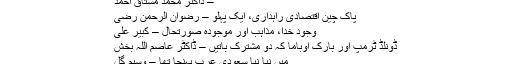
– ڈاکٹر محمد مشتاق احمد
پاک چین اقتصادی راہداری، ایک پہلو – رضوان الرحمن رضی
وجودِ خدا، مذاہب اور موجودہ صورتحال – کبیر علی
ڈونلڈ ٹرمپ اور بارک اوباما کہ دو مشترک باتیں – ڈاکٹر عاصم اللہ بخش
میں نیا نیا سعودی عرب پہنچا تھا – وسیم گل